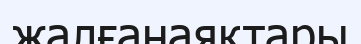
жалғанаяқтары